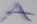
Text: A